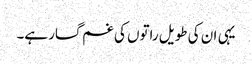
یہی ان کی طویل راتوں کی غم گسار ہے۔